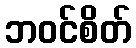
ဘဝင်စိတ်